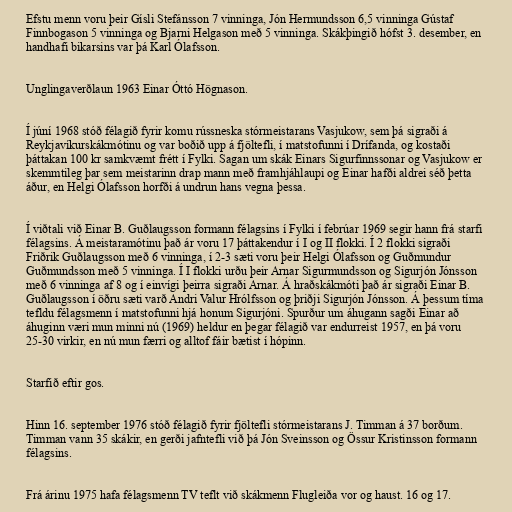
Efstu menn voru þeir Gísli Stefánsson 7 vinninga, Jón Hermundsson 6,5 vinninga Gústaf
Finnbogason 5 vinninga og Bjarni Helgason með 5 vinninga. Skákþingið hófst 3. desember, en
handhafi bikarsins var þá Karl Ólafsson.

Unglingaverðlaun 1963 Einar Óttó Högnason.

Í júní 1968 stóð félagið fyrir komu rússneska stórmeistarans Vasjukow, sem þá sigraði á
Reykjavíkurskákmótinu og var boðið upp á fjöltefli, í matstofunni í Drífanda, og kostaði
þáttakan 100 kr samkvæmt frétt í Fylki. Sagan um skák Einars Sigurfinnssonar og Vasjukow er
skemmtileg þar sem meistarinn drap mann með framhjáhlaupi og Einar hafði aldrei séð þetta
áður, en Helgi Ólafsson horfði á undrun hans vegna þessa.

Í viðtali við Einar B. Guðlaugsson formann félagsins í Fylki í febrúar 1969 segir hann frá starfi
félagsins. Á meistaramótinu það ár voru 17 þáttakendur í I og II flokki. Í 2 flokki sigraði
Friðrik Guðlaugsson með 6 vinninga, í 2-3 sæti voru þeir Helgi Ólafsson og Guðmundur
Guðmundsson með 5 vinninga. Í I flokki urðu þeir Arnar Sigurmundsson og Sigurjón Jónsson
með 6 vinninga af 8 og í einvígi þeirra sigraði Arnar. Á hraðskákmóti það ár sigraði Einar B.
Guðlaugsson í öðru sæti varð Andri Valur Hrólfsson og þriðji Sigurjón Jónsson. Á þessum tíma
tefldu félagsmenn í matstofunni hjá honum Sigurjóni. Spurður um áhugann sagði Einar að
áhuginn væri mun minni nú (1969) heldur en þegar félagið var endurreist 1957, en þá voru
25-30 virkir, en nú mun færri og alltof fáir bætist í hópinn.

Starfið eftir gos.

Hinn 16. september 1976 stóð félagið fyrir fjöltefli stórmeistarans J. Timman á 37 borðum.
Timman vann 35 skákir, en gerði jafntefli við þá Jón Sveinsson og Össur Kristinsson formann
félagsins.

Frá árinu 1975 hafa félagsmenn TV teflt við skákmenn Flugleiða vor og haust. 16 og 17.